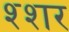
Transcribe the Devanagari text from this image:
श्शर